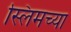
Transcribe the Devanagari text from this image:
स्लिमच्या